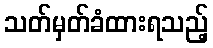
သတ်မှတ်ခံထားရသည့်